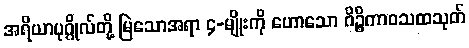
အရိယာပုဂ္ဂိုလ်တို့ မြဲသောအရာ ၄-မျိုးကို ဟောသော ဂိဉ္စိကာဝသထသုတ်